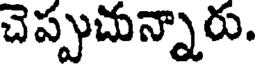
చెప్పుచున్నారు.